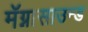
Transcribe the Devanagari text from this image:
मॅग्नासाउन्ड